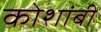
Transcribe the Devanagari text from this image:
कोशांबी